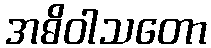
အဓိဝါသတော